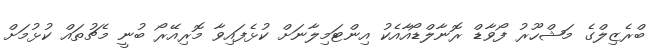
ބްރެޒިލްގެ މަޝްހޫރު ފޯވާޑް ރޮނާލްޑޯއާއެކު އިންޓަމިލާނަށް ކުޅެފައިވާ މޮރިއޭރޯ ބުނީ މެޗުތައް ކުޅުމަށް